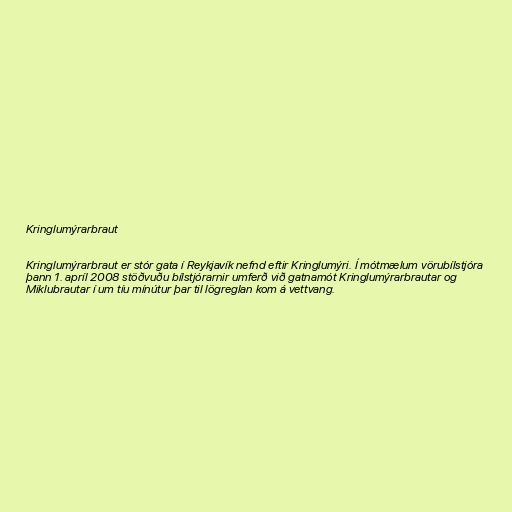
Kringlumýrarbraut

Kringlumýrarbraut er stór gata í Reykjavík nefnd eftir Kringlumýri. Í mótmælum vörubílstjóra
þann 1. apríl 2008 stöðvuðu bílstjórarnir umferð við gatnamót Kringlumýrarbrautar og
Miklubrautar í um tíu mínútur þar til lögreglan kom á vettvang.